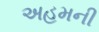
અહમની